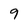
Character: 9